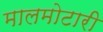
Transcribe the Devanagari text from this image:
मालमोटारी